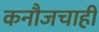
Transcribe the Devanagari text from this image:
कनौजचाही